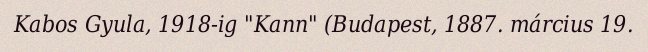
Kabos Gyula, 1918-ig "Kann" (Budapest, 1887. március 19.